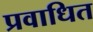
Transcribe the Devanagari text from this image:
प्रवाधित